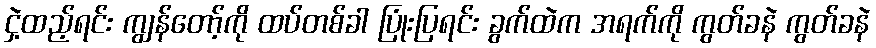
ငှဲ့ထည့်ရင်း ကျွန်တော့်ကို ထပ်တစ်ခါ ပြုံးပြရင်း ခွက်ထဲက အရက်ကို ကွတ်ခနဲ ကွတ်ခနဲ